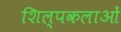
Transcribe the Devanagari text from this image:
शिल्पकलाओं